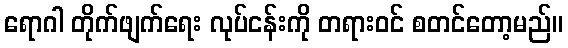
ရောဂါ တိုက်ဖျက်ရေး လုပ်ငန်းကို တရားဝင် စတင်တော့မည်။